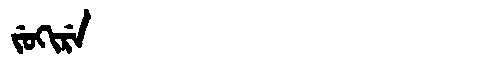
Manchu: ᠵᡠᡴᡳᡵᡝ
Romanization: JUKIRE